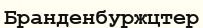
Бранденбуржцтер